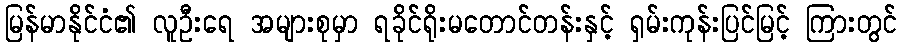
မြန်မာနိုင်ငံ၏ လူဦးရေ အများစုမှာ ရခိုင်ရိုးမတောင်တန်းနှင့် ရှမ်းကုန်းပြင်မြင့် ကြားတွင်